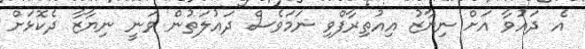
އެ ދައުވާ އަށް ނިޔާޒު އިއުތިރާފްވި ނަމަވެސް ދައުލަތުން ވަނީ ނިޔާޒާ ދެކޮޅަށް